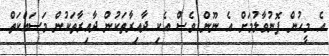
އެ މީހުން ފޮނުވާލުމަށް އެ ނޫން ވެސް އެކި ދާއިރާތަކުން ދާއިރާތަކުން މަސައްކަތް